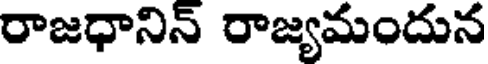
రాజధానిన్ రాజ్యమందున